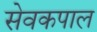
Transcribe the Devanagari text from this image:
सेवकपाल